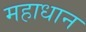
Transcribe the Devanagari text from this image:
महाधान